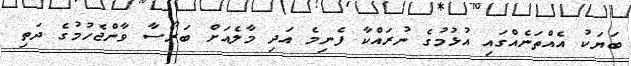
ބަޔަކު އެއްތަނެއްގައި އުޅުމުގެ ނުރައްކާ ފެނިމެ އަދި މާލެއަށް ބަރޯސާ ވާންޖެހުމުގެ ދަތި